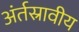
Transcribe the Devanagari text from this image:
अंर्तस्रावीय